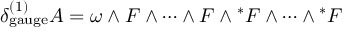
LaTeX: \delta _ { \mathrm { g a u g e } } ^ { ( 1 ) } A = \omega \wedge F \wedge \dots \wedge F \wedge { ^ * F } \wedge \dots \wedge { ^ * F }